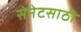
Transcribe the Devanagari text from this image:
सेनेटसाठी